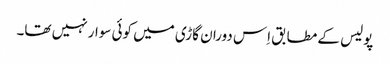
پولیس کے مطابق اِس دوران گاڑی میں کوئی سوار نہیں تھا۔